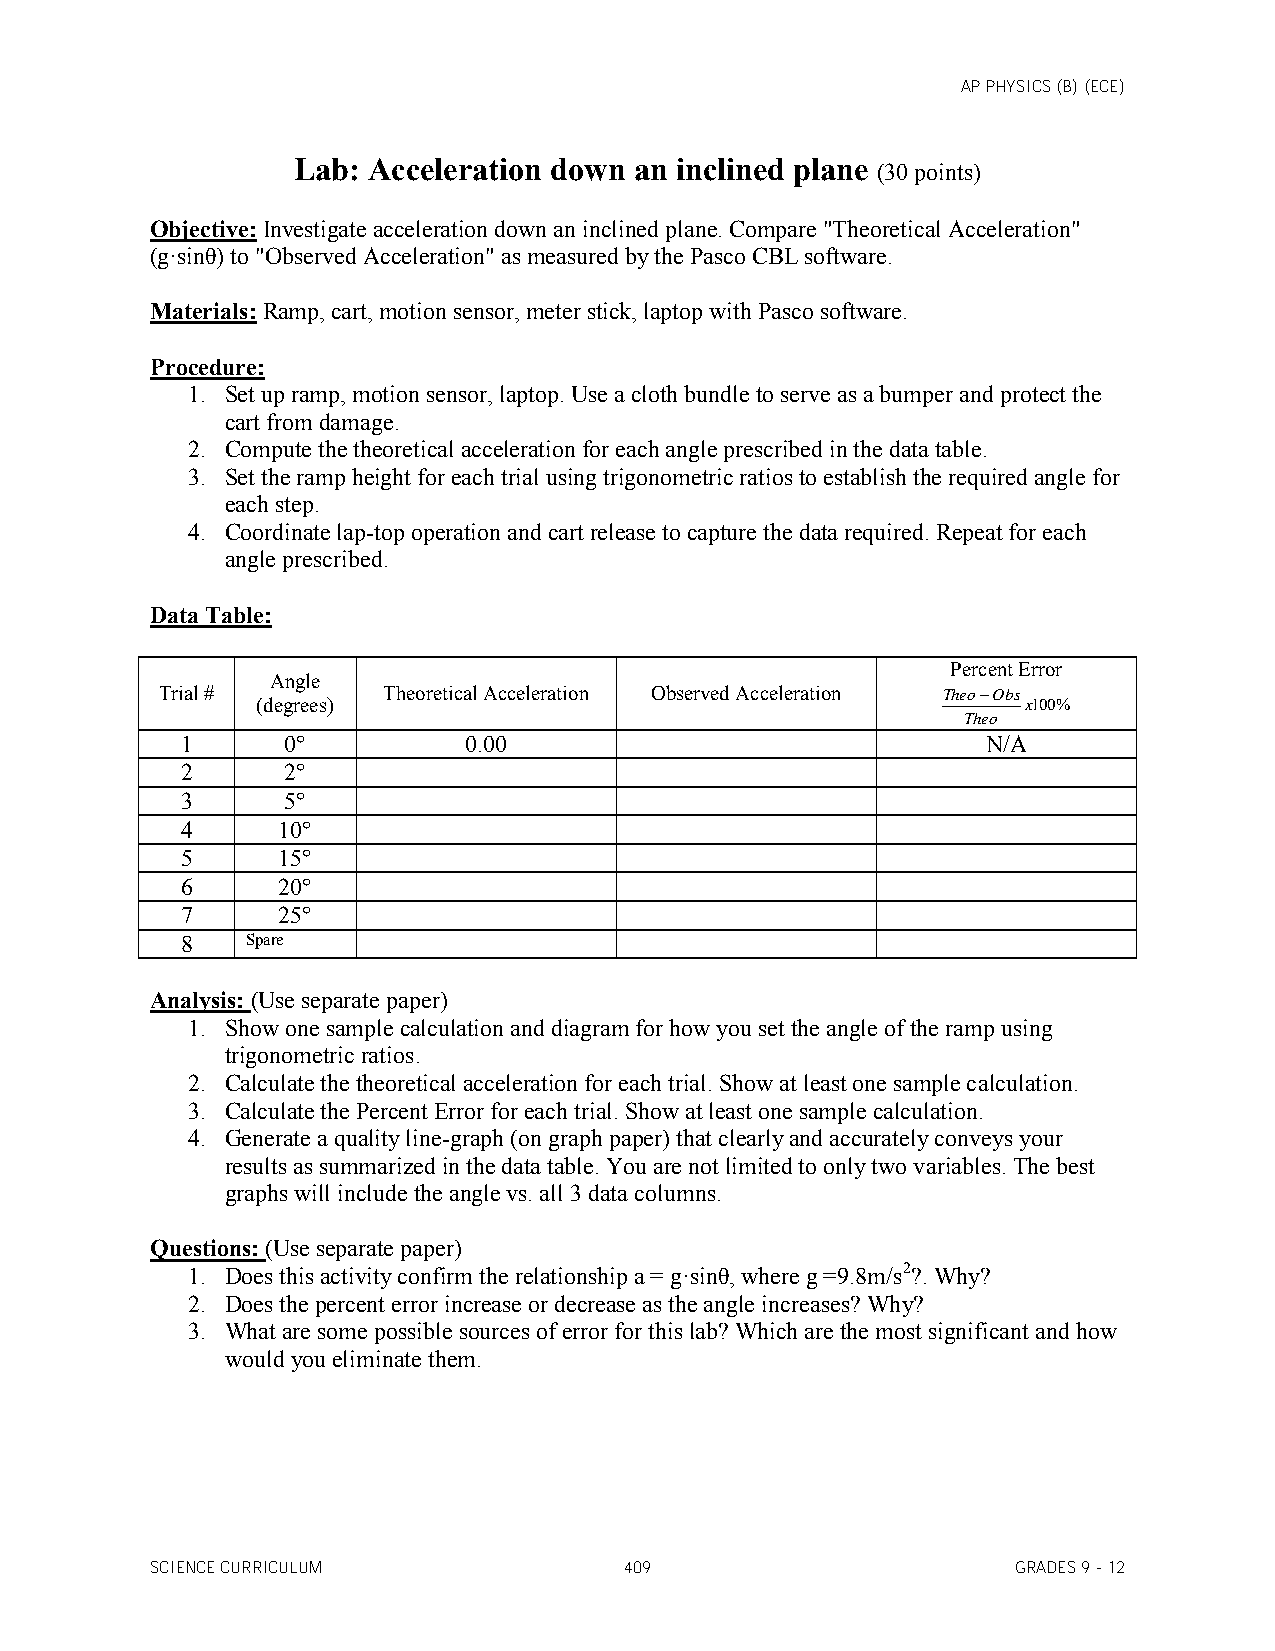
AP PHYSICS (B) (ECE)
 Lab: Acceleration down an inclined plane (30 points)
 Objective: Investigate acceleration down an inclined plane. Compare "Theoretical Acceleration"
 (g·sinθ) to "Observed Acceleration" as measured by the Pasco CBL software.
 Materials: Ramp, cart, motion sensor, meter stick, laptop with Pasco software.
 Procedure:
 1. Set up ramp, motion sensor, laptop. Use a cloth bundle to serve as a bumper and protect the
 cart from damage.
 2. Compute the theoretical acceleration for each angle prescribed in the data table.
 3. Set the ramp height for each trial using trigonometric ratios to establish the required angle for
 each step.
 4. Coordinate lap-top operation and cart release to capture the data required. Repeat for each
 angle prescribed.
 Data Table:
 Percent Error
 Angle
 Trial #        Theoretical Acceleration Observed Acceleration TheoObs
 (degrees)                                          x100%
 Theo
 1      0°          0.00                              N/A
 2      2°
 3      5°
 4     10°
 5     15°
 6     20°
 7     25°
 8   Spare
 Analysis: (Use separate paper)
 1. Show one sample calculation and diagram for how you set the angle of the ramp using
 trigonometric ratios.
 2. Calculate the theoretical acceleration for each trial. Show at least one sample calculation.
 3. Calculate the Percent Error for each trial. Show at least one sample calculation.
 4. Generate a quality line-graph (on graph paper) that clearly and accurately conveys your
 results as summarized in the data table. You are not limited to only two variables. The best
 graphs will include the angle vs. all 3 data columns.
 Questions: (Use separate paper)
 1. Does this activity confirm the relationship a = g·sinθ, where g =9.8m/s2?. Why?
 2. Does the percent error increase or decrease as the angle increases? Why?
 3. What are some possible sources of error for this lab? Which are the most significant and how
 would you eliminate them.
 SCIENCE CURRICULUM             409                       GRADES 9 - 12